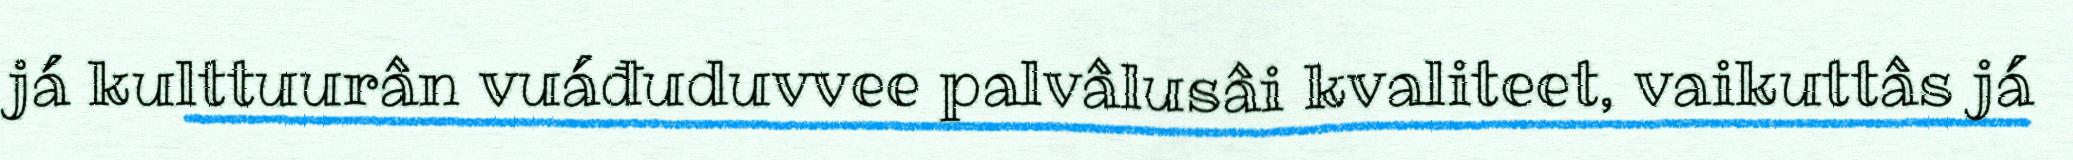
já kulttuurân vuáđuduvvee palvâlusâi kvaliteet, vaikuttâs já